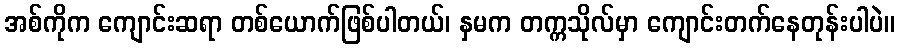
အစ်ကိုက ကျောင်းဆရာ တစ်ယောက်ဖြစ်ပါတယ်၊ နှမက တက္ကသိုလ်မှာ ကျောင်းတက်နေတုန်းပါပဲ။